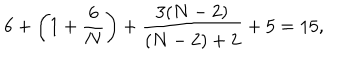
LaTeX: 6 + \left( 1 + \frac 6 N \right) + \frac { 3 ( N - 2 ) } { ( N - 2 ) + 2 } + 5 = 1 5 ,